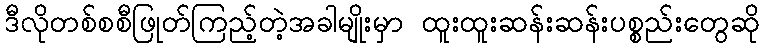
ဒီလိုတစ်စစီဖြုတ်ကြည့်တဲ့အခါမျိုးမှာ ထူးထူးဆန်းဆန်းပစ္စည်းတွေဆို